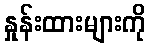
နှုန်းထားများကို